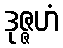
ဒုဇ္ဇဟံ